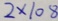
2 \times 1 0 8